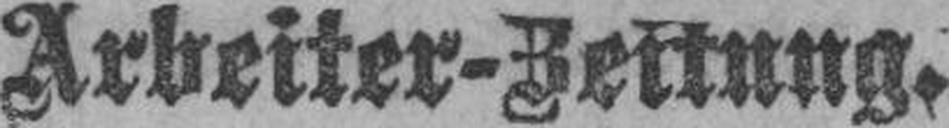
Arbeiter-Zeitung.